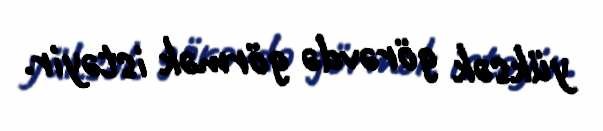
yüksək görəvdə görmək istəyir.